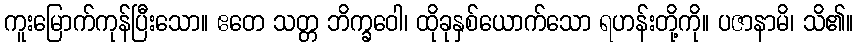
ကူးမြောက်ကုန်ပြီးသော။ ဧတေ သတ္တ ဘိက္ခဝေါ၊ ထိုခုနှစ်ယောက်သော ရဟန်းတို့ကို။ ပဇာနာမိ၊ သိ၏။